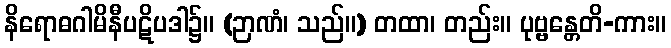
နိရောဓဂါမိနီပဋိပဒါ၌။ (ဉာဏံ၊ သည်။) တထာ၊ တည်း။ ပုဗ္ဗန္တေတိ-ကား။